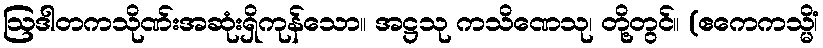
ဩဒါတကသိုဏ်းအဆုံးရှိကုန်သော။ အဋ္ဌသု ကသိဏေသု၊ တို့တွင်။ (ဧကေကသ္မိံ၊